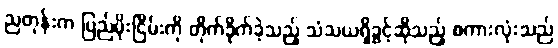
ညတုန်းက ပြည်မိုးငြိမ်းကို တိုက်ခိုက်ခဲ့သည့် သံသယရှိခွင့်ဆိုသည့် စကားလုံးသည်